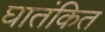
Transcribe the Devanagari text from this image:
घातंकित